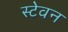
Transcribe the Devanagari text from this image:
स्टेवन